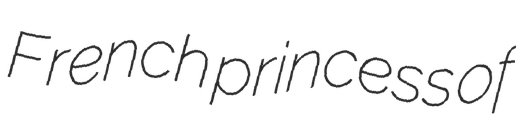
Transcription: French princess of